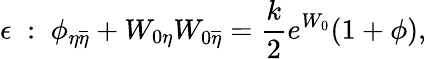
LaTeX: \epsilon\; :\; {\phi}_{\eta\overline{{{\eta}}}}+W_{0\eta}W_{0\overline{{{\eta}}}}={\frac{k}{2}}e^{W_{0}}(1+\phi),